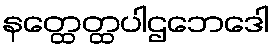
နတ္ထေတ္ထပါဌဘေဒေါ